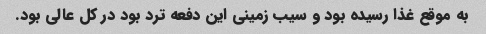
به موقع غذا رسیده بود و سیب زمینی این دفعه ترد بود در کل عالی بود.